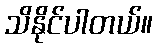
သိနိုင်ပါတယ်။